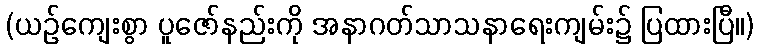
(ယဉ်ကျေးစွာ ပူဇော်နည်းကို အနာဂတ်သာသနာရေးကျမ်း၌ ပြထားပြီ။)